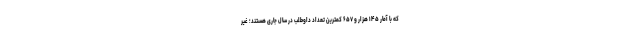
که با آمار ۱۴۵ هزار و ۶۵۷ کمترین تعداد داوطلب در سال جاری هستند؛ غیر